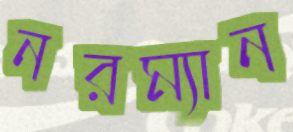
নরম্যান